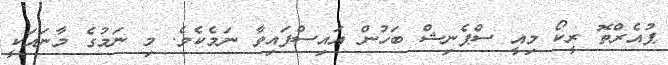
ޕުއެރްތޮ ރީކޯ މިއީ ސްޕެނިޝް ބަހުން އައިސްފައިވާ ނަމެކެވެ. މި ނަމުގެ މާނައަކީ